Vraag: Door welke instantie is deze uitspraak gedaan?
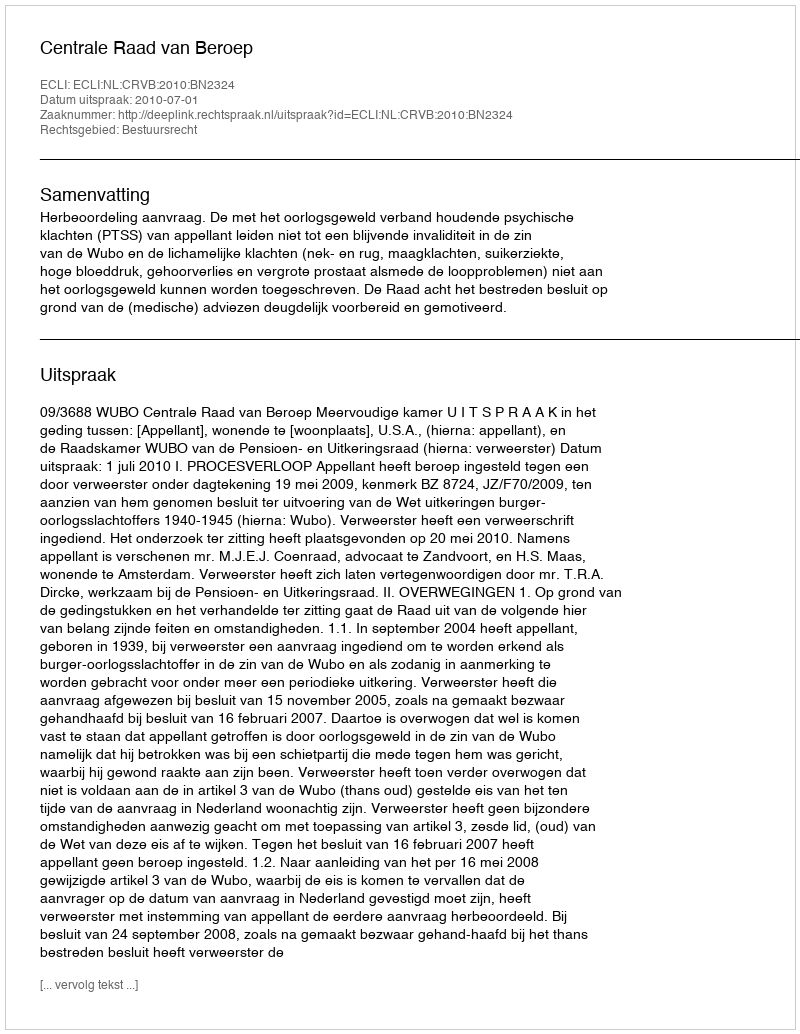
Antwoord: Centrale Raad van Beroep